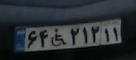
۶۴+۲۱۳۱۱